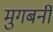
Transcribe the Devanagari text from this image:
मुगबर्नी